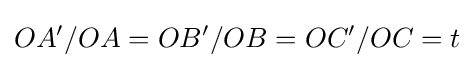
OA'/OA=OB'/OB=OC'/OC=t